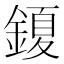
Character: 𮢩